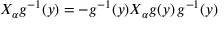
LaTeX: X _ { \alpha } g ^ { - 1 } ( y ) = - g ^ { - 1 } ( y ) X _ { \alpha } g ( y ) \, g ^ { - 1 } ( y )